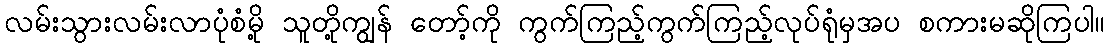
လမ်းသွားလမ်းလာပုံစံမို့ သူတို့ကျွန် တော့်ကို ကွက်ကြည့်ကွက်ကြည့်လုပ်ရုံမှအပ စကားမဆိုကြပါ။